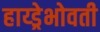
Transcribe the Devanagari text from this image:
हाय्ड्रेभोवती